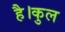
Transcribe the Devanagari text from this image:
है।कुल